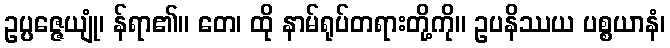
ဥပ္ပဇ္ဇေယျုံ၊ န်ရာ၏။ တေ၊ ထို နာမ်ရုပ်တရားတို့ကို။ ဥပနိဿယ ပစ္စယာနံ၊